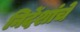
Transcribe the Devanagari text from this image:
निर्देशांचे